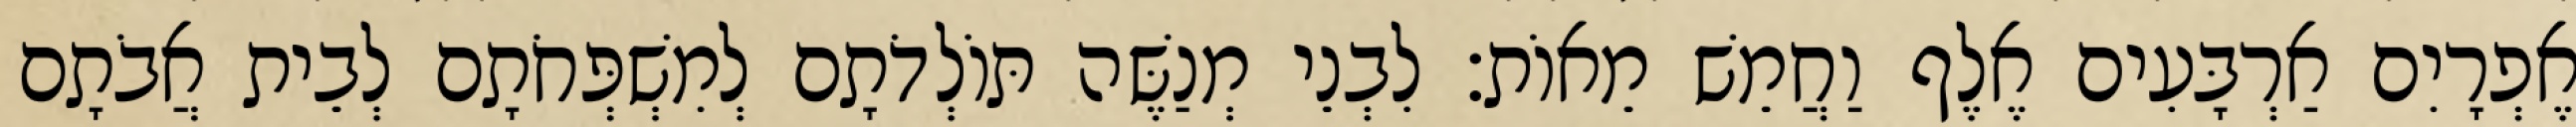
אֶפְרָיִם אַרְבָּעִים אֶלֶף וַחֲמֵשׁ מֵאוֹת׃ לִבְנֵי מְנַשֶּׁה תּוֹלְדֹתָם לְמִשְׁפְּחֹתָם לְבֵית אֲבֹתָם